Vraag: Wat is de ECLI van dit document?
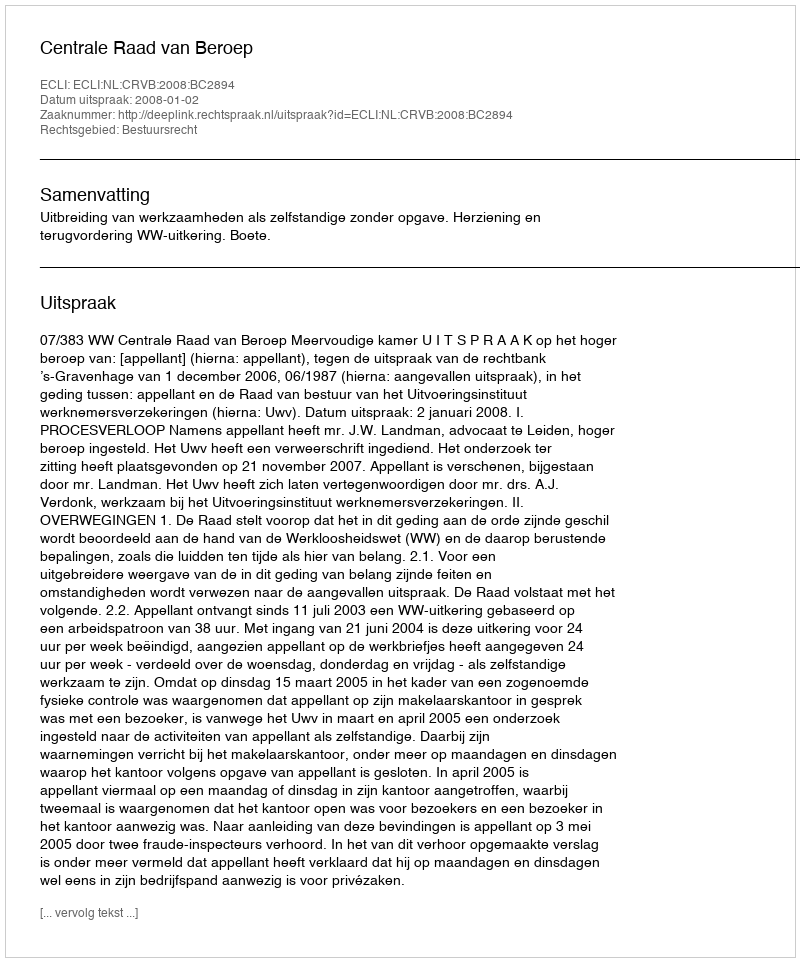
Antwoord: ECLI:NL:CRVB:2008:BC2894